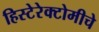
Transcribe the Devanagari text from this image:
हिस्टेरेक्टोमीचे